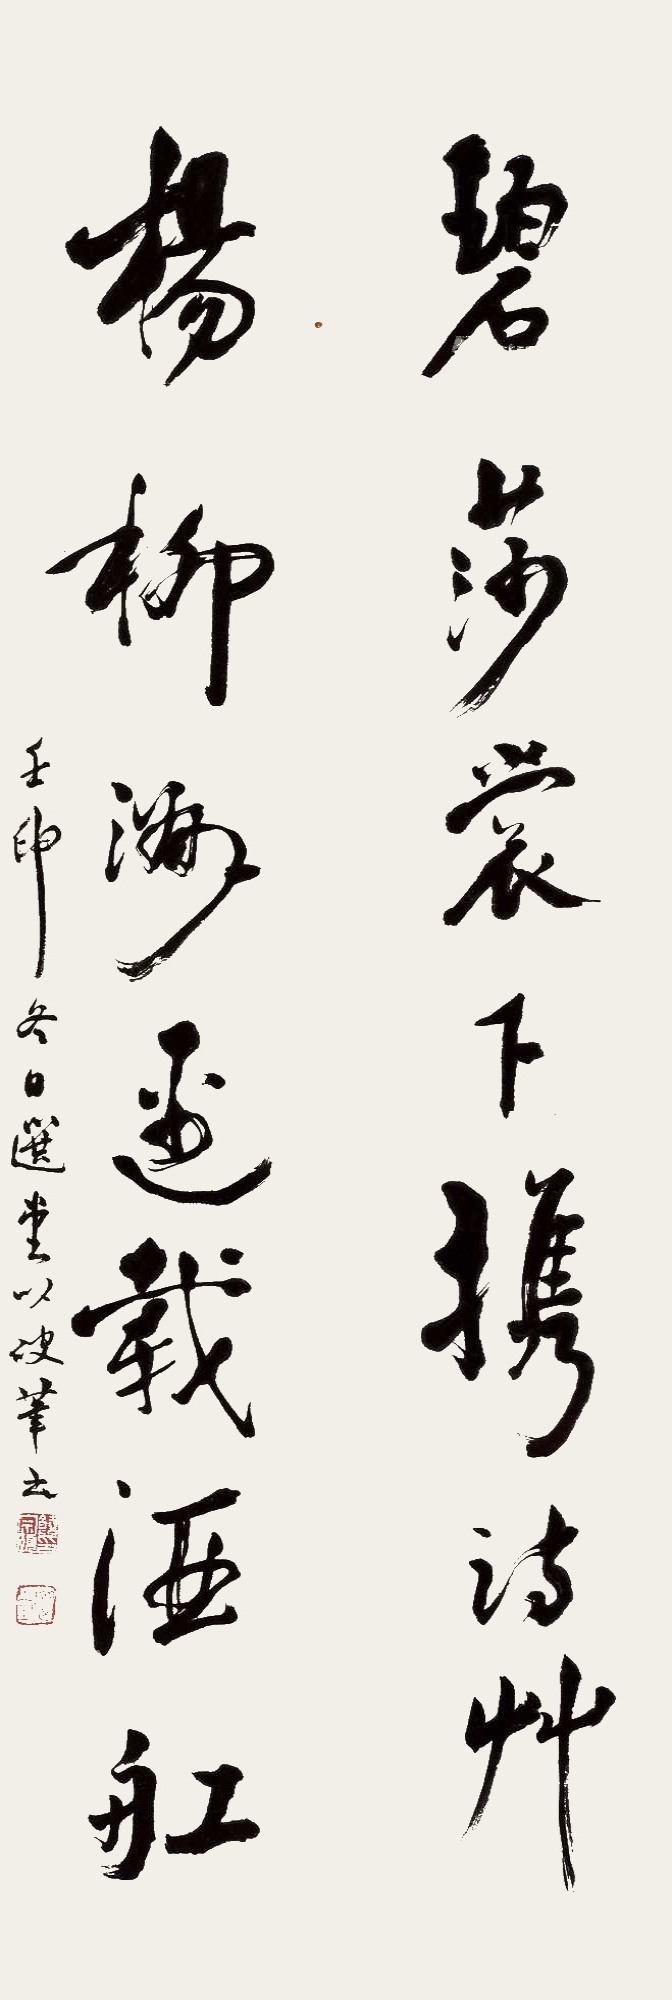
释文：碧莎裳下携诗草，杨柳洲边载酒船。壬申冬日，选堂以破笔书。